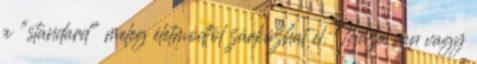
a "standard" meleg életmódtól zárkózhat el. Igaza van vagy